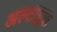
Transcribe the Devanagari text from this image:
अल्टाइक